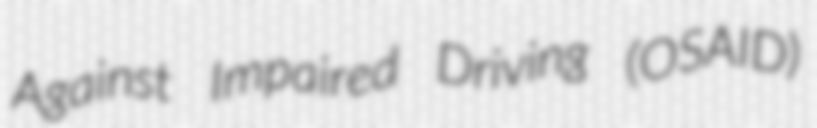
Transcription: Against Impaired Driving (OSAID)